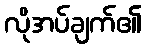
လိုအပ်ချက်၏